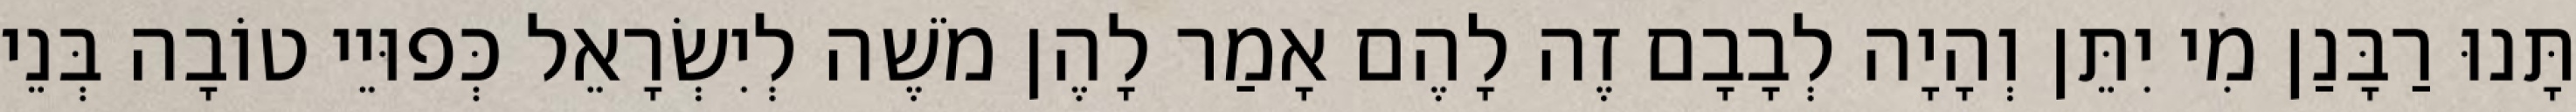
תָּנוּ רַבָּנַן מִי יִתֵּן וְהָיָה לְבָבָם זֶה לָהֶם אָמַר לָהֶן מֹשֶׁה לְיִשְׂרָאֵל כְּפוּיֵי טוֹבָה בְּנֵי